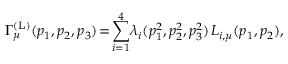
\Gamma _ { \mu } ^ { ( \mathrm { L } ) } ( p _ { 1 } , p _ { 2 } , p _ { 3 } ) \! = \! \sum _ { i = 1 } ^ { 4 } \! \lambda _ { i } ( p _ { 1 } ^ { 2 } , p _ { 2 } ^ { 2 } , p _ { 3 } ^ { 2 } ) \; \! L _ { i , \mu } ( p _ { 1 } , p _ { 2 } ) ,